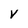
Character: V